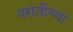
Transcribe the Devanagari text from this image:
वरातीच्या